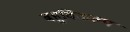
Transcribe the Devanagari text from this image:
बहुविकल्प